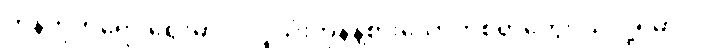
ကုန်တိုက်ရော ဈေးမှာပါ လူသုံးကုန်နဲ့စားသောက်စရာတွေဝယ်လို့ရမှာပါ။